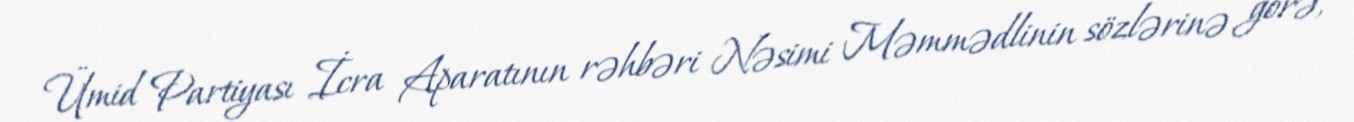
Ümid Partiyası İcra Aparatının rəhbəri Nəsimi Məmmədlinin sözlərinə görə,